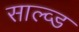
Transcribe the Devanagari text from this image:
साल्व्ड